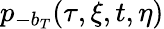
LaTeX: p_{-b_{T}}(\tau,\xi,t,\eta)